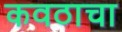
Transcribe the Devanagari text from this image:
कवठाचा